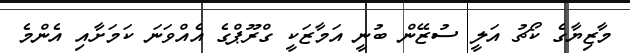
މާޒިޔާގެ ކޯޗު އަލީ ސުޒޭން ބުނީ އަމާޒަކީ ގްރޫޕްގެ އެއްވަނަ ކަމަށާއި އެންމެ